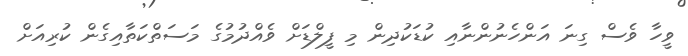
ވީހާ ވެސް ގިނަ އަންހެނުންނާއި ކުޑަކުދިން މި ފީލްޑަށް ވެއްދުމުގެ މަސަތްކަތާއިގެން ކުރިއަށް